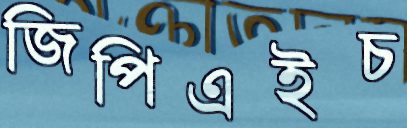
জিপিএইচ